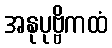
အနုပုဗ္ဗိကထံ